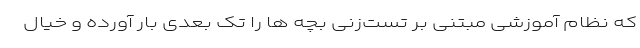
که نظام آموزشی مبتنی بر تست‌زنی بچه ها را تک بُعدی بار آورده و خیال